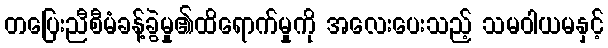
တပြေးညီစီမံခန့်ခွဲမှု၏ထိရောက်မှုကို အလေးပေးသည့် သမဝါယမနှင့်